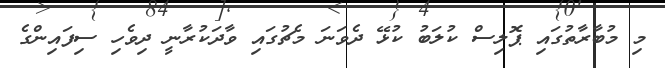
މި މުބާރާތުގައި ޕޮލިސް ކުލަބު ކުޅޭ ދެވަނަ މެޗުގައި ވާދަކުރާނީ ދިވެހި ސިފައިންގެ